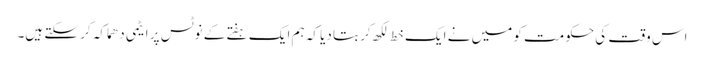
اس وقت کی حکومت کو میں نے ایک خط لکھ کر بتا دیا کہ ہم ایک ہفتے کے نوٹس پر ایٹمی دھماکہ کر سکتے ہیں۔